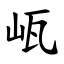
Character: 㼘